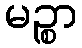
မဉ္စာ